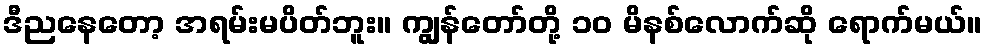
ဒီညနေတော့ အရမ်းမပိတ်ဘူး။ ကျွန်တော်တို့ ၁၀ မိနစ်လောက်ဆို ရောက်မယ်။